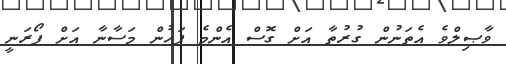
ވާޞިލްވެ އެތަނުން ގުރުތާ އަށް ގޮސް އެންމެ ފަހުން މަސާނާ އަށް ފޯރަނީ